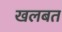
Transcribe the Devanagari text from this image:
खलबत